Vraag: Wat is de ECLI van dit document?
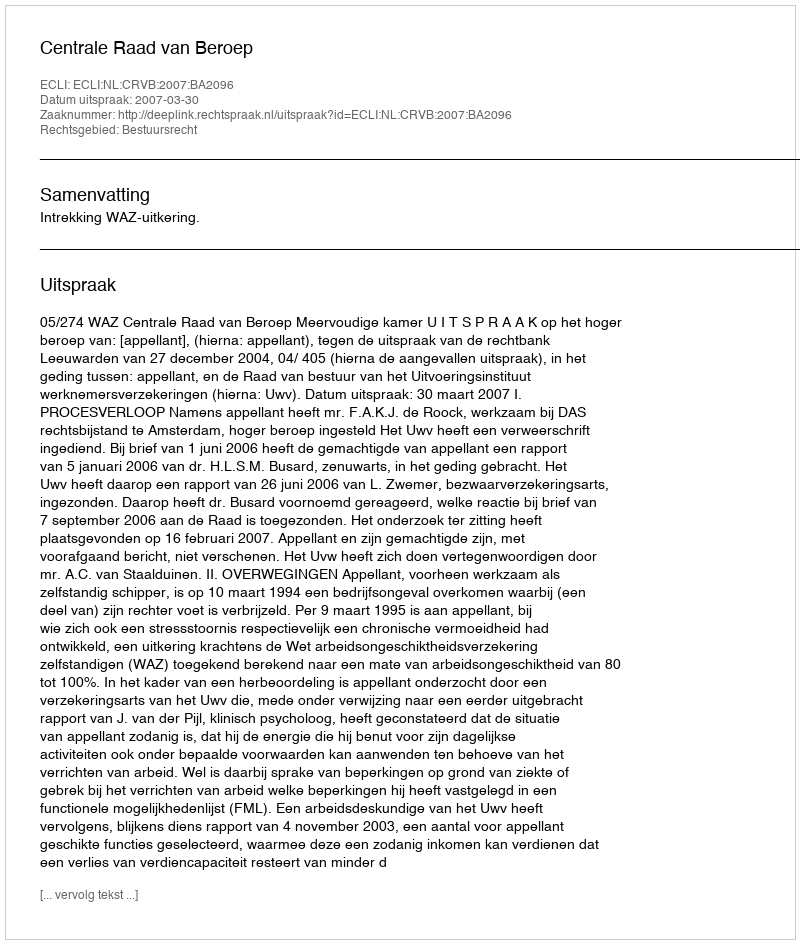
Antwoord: ECLI:NL:CRVB:2007:BA2096